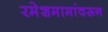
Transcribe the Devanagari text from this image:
रमेशमामांवरून